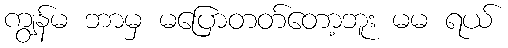
ကျွန်မ ဘာမှ မပြောတတ်တော့ဘူး မမ ရယ်